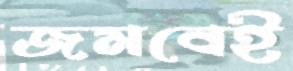
জমবেই